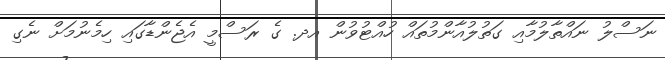
ނަސްލު ނައްތާލުމާއި ގަތުލުއާންމުތައް ހުއްޓުވުން އދ. ގެ ރަސްމީ އެޖެންޑާގައި ހިމެނުމަށް ނެގި